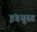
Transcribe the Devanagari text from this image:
इंडयूस्ड